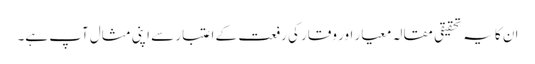
ان کا یہ تحقیقی مقالہ معیار اور وقار کی رفعت کے اعتبار سے اپنی مثال آپ ہے۔